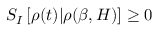
S _ { I } \left[ \rho ( t ) | \rho ( \beta , H ) \right] \ge 0